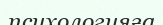
психологияға